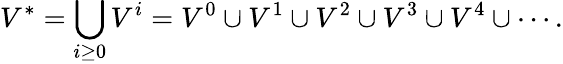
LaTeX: V^{*}=\bigcup_{i\geq 0}V^{i}=V^{0}\cup V^{1}\cup V^{2}\cup V^{3}\cup V^{4}\cup\cdots.